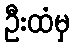
ဦးထံမှ